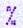
%